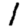
Digit: 1